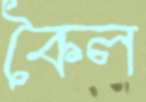
কৈল